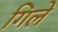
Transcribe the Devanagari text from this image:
गिले